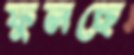
ফুলছে